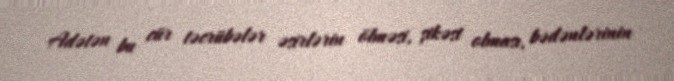
Adətən bu cür təcrübələr əsirlərin ölməsi, şikəst olması, bədənlərinin